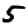
Digit: 5